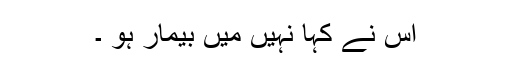
اس نے کہا نہیں میں بیمار ہو ۔